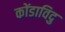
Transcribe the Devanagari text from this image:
कोंडाविदु